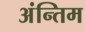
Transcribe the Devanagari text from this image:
अंन्तिम